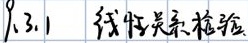
\subsection{3.1 线性关系检验}